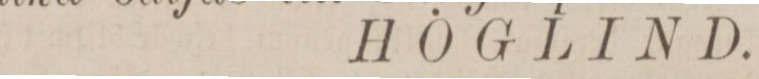
HÖGLIND.